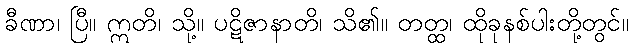
ခီဏာ၊ ပြီ။ ဣတိ၊ သို့။ ပဋိဇာနာတိ၊ သိ၏။ တတ္ထ၊ ထိုခုနစ်ပါးတို့တွင်။